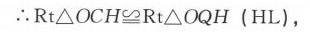
\(\therefore \text{Rt}\triangle OCH\cong\text{Rt}\triangle OQH\ (\text{HL})\)，